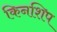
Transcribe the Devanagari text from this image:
किनशिप